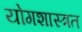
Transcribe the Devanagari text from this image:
योगशास्त्रत